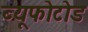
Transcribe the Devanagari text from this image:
ब्यूफोटोड